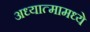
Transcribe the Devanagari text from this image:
अध्यात्मामध्ये